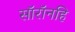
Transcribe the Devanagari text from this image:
सॉरॉनहि